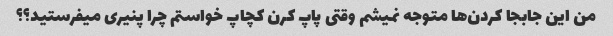
من این جابجا کردن‌ها متوجه نمیشم وقتی پاپ کرن کچاپ خواستم چرا پنیری میفرستید؟؟